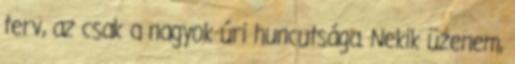
terv, az csak a nagyok úri huncutsága. Nekik üzenem,